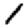
Digit: 1